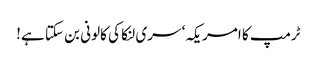
ٹرمپ کا امریکہ‘ سری لنکا کی کالونی بن سکتا ہے!